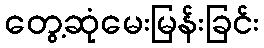
တွေ့ဆုံမေးမြန်းခြင်း